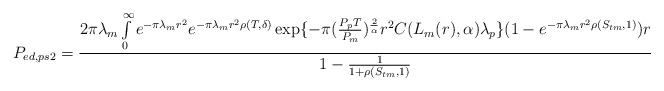
\begin{align*}P_{ed, ps2}=\frac{ 2\pi\lambda_m\int\limits_{0}^{\infty}e^{-\pi\lambda_m r^2}e^{-\pi\lambda_m r^2\rho(T,\delta)} \exp\{-\pi (\frac{P_p T}{P_m})^{\frac{2}{\alpha}}r^2C(L_m(r),\alpha)\lambda_p \}(1-e^{-\pi\lambda_m r^2\rho( S_{tm},1)})r}{1-\frac{1}{1+\rho( S_{tm},1)}}\end{align*}